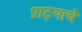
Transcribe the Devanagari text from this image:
प्राट्याचे